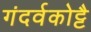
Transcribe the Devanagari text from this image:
गंदर्वकोट्टै